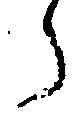
ら